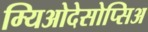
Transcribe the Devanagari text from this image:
म्यिओदेसोप्सिअ